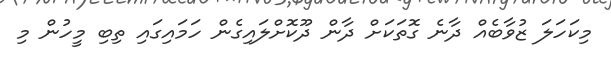
މިކަހަލަ ޒުވާބެއް ދާނެ ގޮތަކަށް ދާން ދޫކޮށްލައިގެން ހަމައިގައި ތިބި މީހުން މި